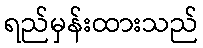
ရည်မှန်းထားသည်